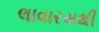
લાવારસથી